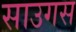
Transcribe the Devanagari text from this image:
साउगस